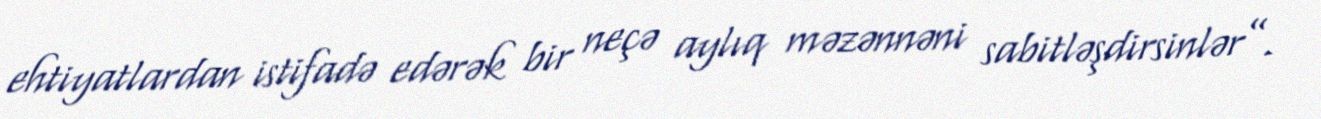
ehtiyatlardan istifadə edərək bir neçə aylıq məzənnəni sabitləşdirsinlər”.